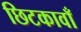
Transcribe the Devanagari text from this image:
छिटकावाँ